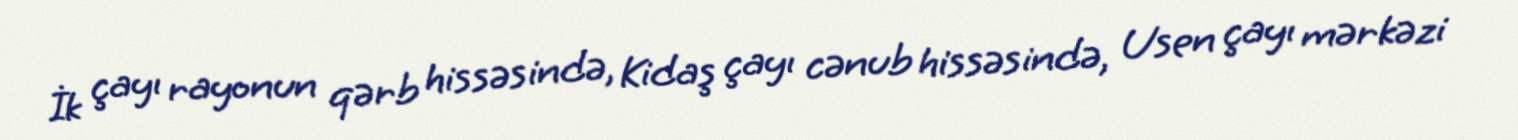
İk çayı rayonun qərb hissəsində, Kidaş çayı cənub hissəsində, Usen çayı mərkəzi